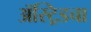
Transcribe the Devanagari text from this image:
ॲस्ट्रिडचा